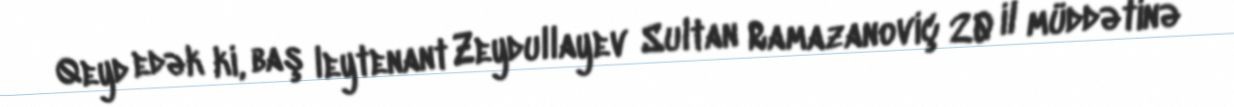
Qeyd edək ki, baş leytenant Zeydullayev Sultan Ramazanoviç 20 il müddətinə